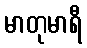
မာတုမာရီ